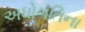
અધોગતિના